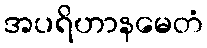
အပရိဟာနမေတံ